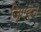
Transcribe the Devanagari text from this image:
जिएइन